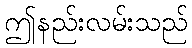
ဤနည်းလမ်းသည်